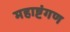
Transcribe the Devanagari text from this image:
महाष्टंगण